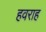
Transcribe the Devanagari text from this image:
हवराह